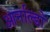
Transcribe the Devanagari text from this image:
आर्नाल्डो